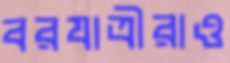
বরযাত্রীরাও